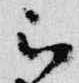
被